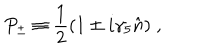
LaTeX: P _ { \pm } \equiv { \frac { 1 } { 2 } } ( 1 \pm i \gamma _ { 5 } \hat { n } ) \; ,